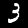
Label: 3